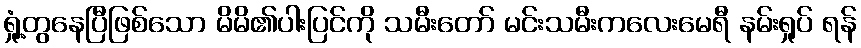
ရှုံ့တွနေပြီဖြစ်သော မိမိ၏ပါးပြင်ကို သမီးတော် မင်းသမီးကလေးမေရီ နမ်းရှုပ် ရန်